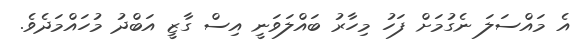
އެ މައްސަލަ ނެގުމަށް ފަހު މިހާރު ބައްލަވަނީ އިސް ގާޒީ އަބްދު މުހައްމަދެވެ.